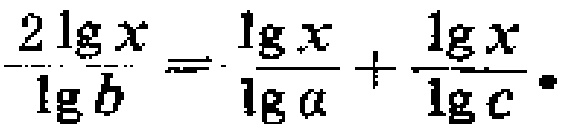
$\frac{2\lg x}{\lg b}=\frac{\lg x}{\lg a}+\frac{\lg x}{\lg c}.$